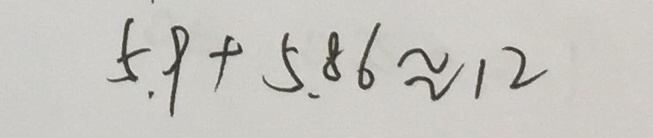
5 . 9 + 5 . 8 6 \approx 1 2